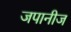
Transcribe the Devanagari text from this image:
जपानीज